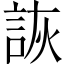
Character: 詼